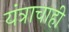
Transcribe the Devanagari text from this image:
यंत्राचाही